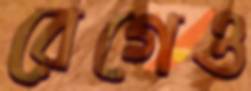
রেগেও